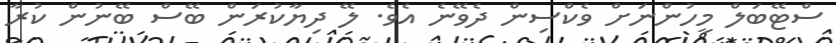
ސްޓޭބަލް މީހުންނަށް ވެކްސިން ދެވޭނެ އެވެ. ލޭ ދިޔާކުރަން ބޭސް ބޭނުން ކުރާ